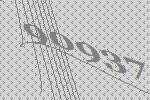
90937